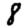
Digit: 8